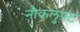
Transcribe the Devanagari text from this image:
नौकलुफ़्ट